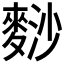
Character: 𪌮